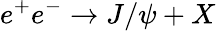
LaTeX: e^{+}e^{-}\to J/\psi+X